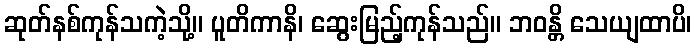
ဆုတ်နစ်ကုန်သကဲ့သို့။ ပူတိကာနိ၊ ဆွေးမြည့်ကုန်သည်။ ဘဝန္တိ သေယျထာပိ၊